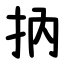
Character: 抐